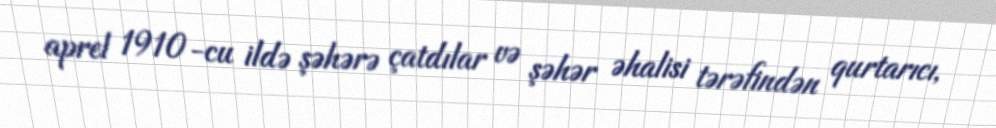
aprel 1910-cu ildə şəhərə çatdılar və şəhər əhalisi tərəfindən qurtarıcı,